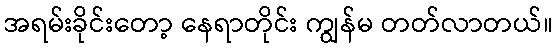
အရမ်းခိုင်းတော့ နေရာတိုင်း ကျွန်မ တတ်လာတယ်။